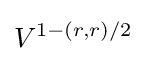
V^{1-(r,r)/2}